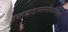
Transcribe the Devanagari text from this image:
वक्तव्यादानगमनविसर्गानन्दात्मने